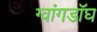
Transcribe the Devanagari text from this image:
ग्वांगडॉघ